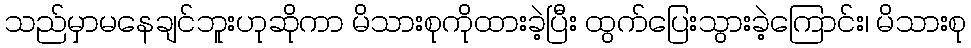
သည်မှာမနေချင်ဘူးဟုဆိုကာ မိသားစုကိုထားခဲ့ပြီး ထွက်ပြေးသွားခဲ့ကြောင်း၊ မိသားစု